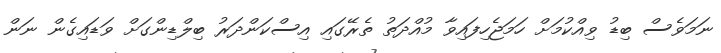
ނަމަވެސް ބިޑު ވިއްކުމަށް ހަމަޖެހިފައިވާ މުއްދަތު ތެރޭގައި އިސްކަންދަރު ބިލްޑިންގަށް ވަޑައިގެން ނަން